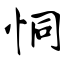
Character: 恫